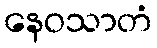
နေဝသာတံ